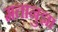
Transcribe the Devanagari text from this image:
मतानुज्ञा